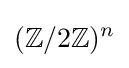
(\mathbb {Z} /2\mathbb {Z} )^{n}